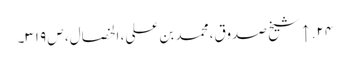
۲۴. ↑ شیخ صدوق، محمد بن علی، الخصال، ص ۳۱۹۔